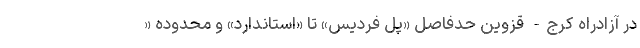
در آزادراه کرج- قزوین حدفاصل «پل فردیس» تا «استاندارد» و محدوده «